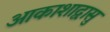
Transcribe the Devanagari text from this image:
आकाशाद्वासु